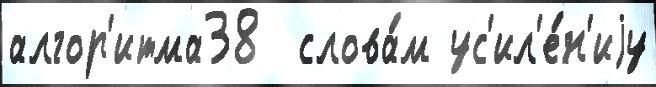
алгор'итма38  слова́м ус'ил'е́н'иjу